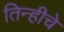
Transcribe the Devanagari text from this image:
तिन्हीचे